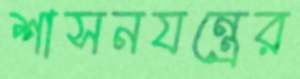
শাসনযন্ত্রের